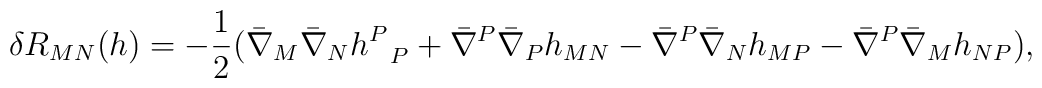
\delta R_{MN} (h)  = - {1 \over 2} (\bar \nabla_M \bar \nabla_N h^P_{~~P} +\bar \nabla^P \bar \nabla_P h_{MN}    -  \bar \nabla^P \bar \nabla_N h_{MP}    -  \bar \nabla^P \bar \nabla_M h_{NP}),